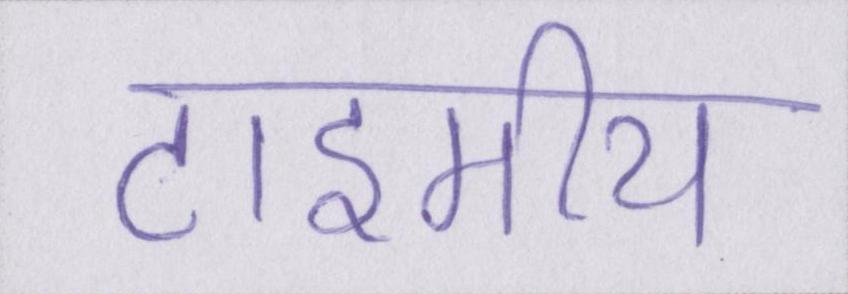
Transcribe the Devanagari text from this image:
टाइमीय